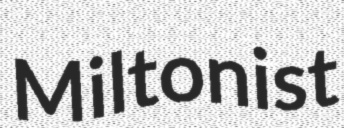
Miltonist